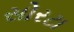
સોરટા